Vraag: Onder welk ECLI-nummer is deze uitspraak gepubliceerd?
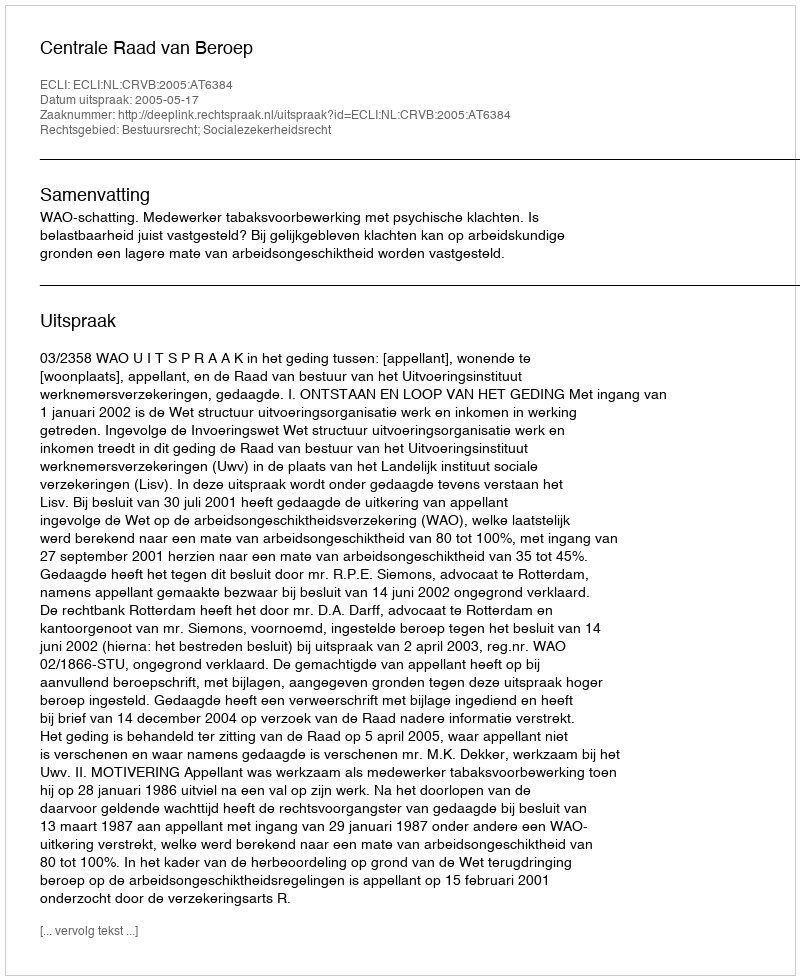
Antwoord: ECLI:NL:CRVB:2005:AT6384